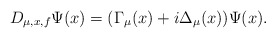
\begin{align*}D_{\mu,x,f}\Psi(x)=(\Gamma_{\mu}(x)+i\Delta_{\mu} (x))\Psi(x).\end{align*}